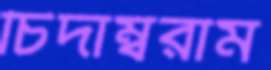
চিদাম্বরাম